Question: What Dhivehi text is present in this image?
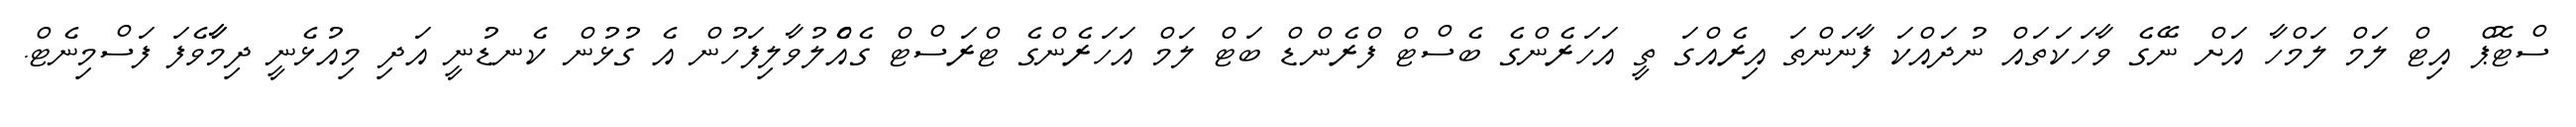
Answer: ސްޓޮޕް އިޓް ލަމް ލަމްހާ އަށް ނޭގެ ވާހަކަތައް ނުދައްކަ ފާނަންތަ އިރެއްގަ ތީ އަހަރެންގެ ބެސްޓް ފްރެންޑް ބަޓް ލަމް އަހަރެންގެ ޓްރަސްޓް ގެއެްލުވާލިފަހުން އެ ގުޅުން ކެނޑުނީ އަދި މިއުޅެނީ ދިމާާވެފަ ފަސްމިނެޓް.